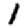
Digit: 1